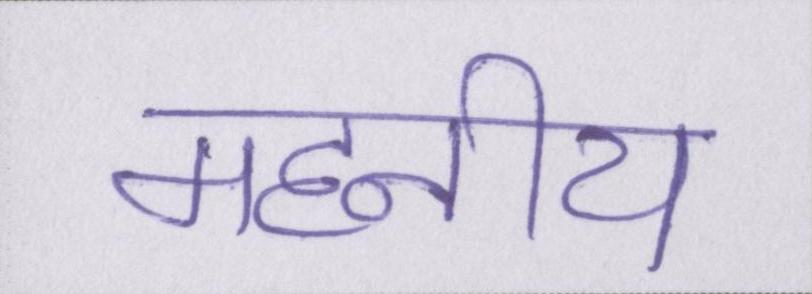
महनीय